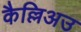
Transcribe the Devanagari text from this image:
कैल्लिअउ